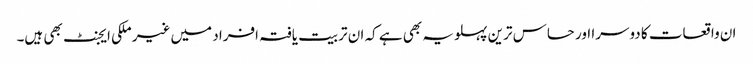
ان واقعات کا دوسرا اور حساس ترین پہلو یہ بھی ہے کہ ان تربیت یافتہ افراد میں غیر ملکی ایجنٹ بھی ہیں۔